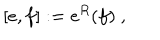
[ e , f ] : = e ^ { R } ( f ) \ ,